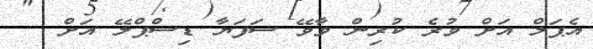
އެޕަލް އަށް ވުރެ ކުރިން ވާވޭ ސަފަޔާ ޑިސްޕްލޭ އަށް